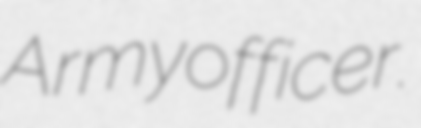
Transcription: Army officer.